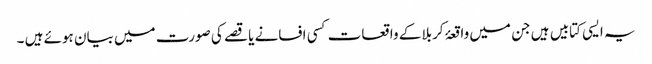
یہ ایسی کتابیں ہیں جن میں واقعۂ کربلا کے واقعات کسی افسانے یا قصے کی صورت میں بیان ہوئے ہیں ۔